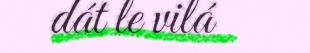
dát le vilá